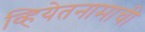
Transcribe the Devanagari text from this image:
व्हियेतनामाची